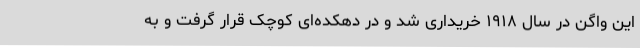
این واگن در سال ۱۹۱۸ خریداری شد و در دهکده‌ای کوچک قرار گرفت و به